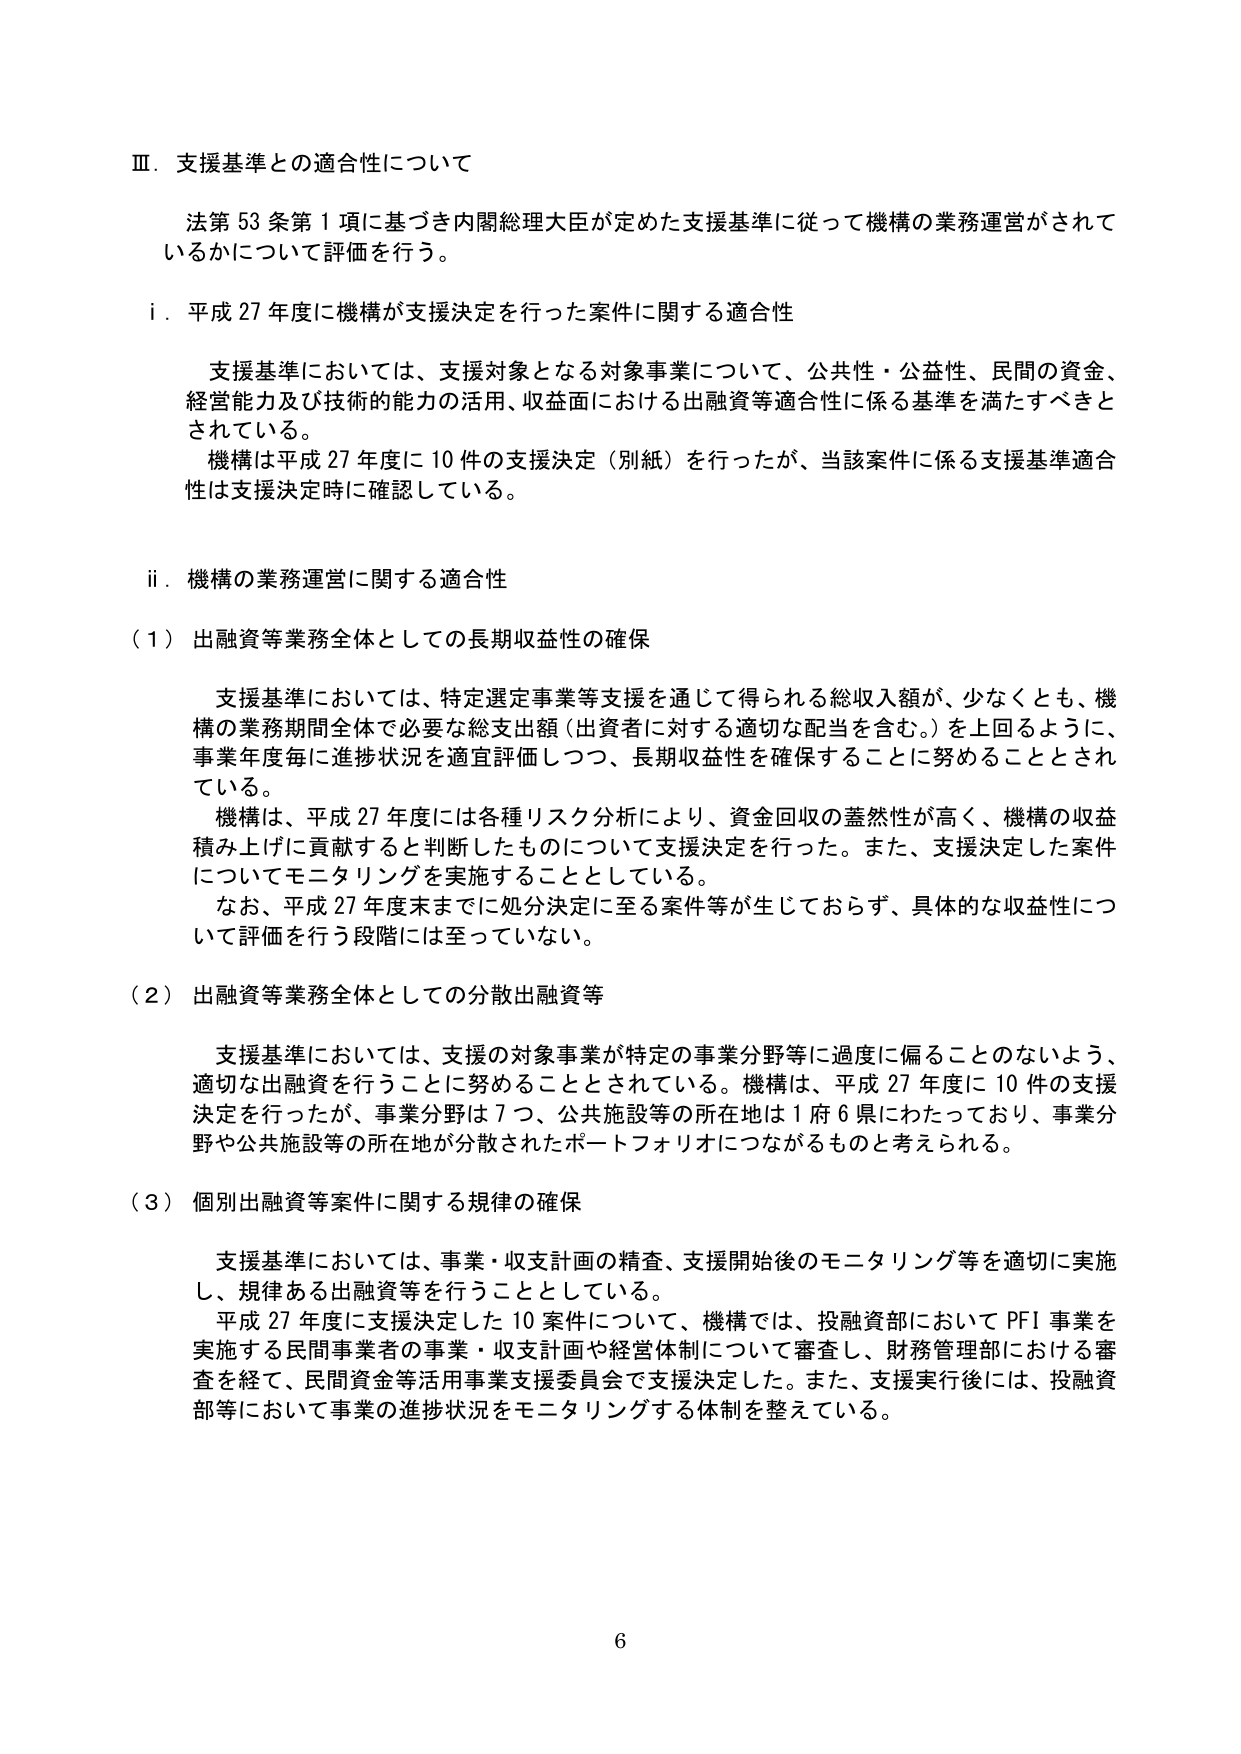
Ⅲ．支援基準との適合性について

法第53条第1項に基づき内閣総理大臣が定めた支援基準に従って機構の業務運営がされているかについて評価を行う。

i．平成27年度に機構が支援決定を行った案件に関する適合性

支援基準においては、支援対象となる対象事業について、公共性・公益性、民間の資金、経営能力及び技術の能力の活用、収益面における出融資等適合性に係る基準を満たすべきとされている。
機構は平成27年度に10件の支援決定（別紙）を行ったが、当該案件に係る支援基準適合性は支援決定時に確認している。

ii．機構の業務運営に関する適合性

（1）出融資等業務全体としての長期収益性の確保

支援基準においては、特定選定事業等支援を通じて得られる総収入額が、少なくとも、機構の業務期間全体で必要な総支出額（出資者に対する適切な配当を含む。）を上回るように、事業年度毎に進捗状況を適宜評価しつつ、長期収益性を確保することに努めることとされている。
機構は、平成27年度には各種リスク分析により、資金回収の蓋然性が高く、機構の収益積み上げに貢献すると判断したものについて支援決定を行った。また、支援決定した案件についてモニタリングを実施することとしている。
なお、平成27年度末までに処分決定に至る案件等が生じておらず、具体的な収益性について評価を行う段階には至っていない。

（2）出融資等業務全体としての分散出融資等

支援基準においては、支援の対象事業が特定の事業分野等に過度に偏ることのないよう、適切な出融資を行うことに努めることとされている。機構は、平成27年度に10件の支援決定を行ったが、事業分野は7つ、公共施設等の所在地は1府6県にわたっており、事業分野や公共施設等の所在地が分散されたポートフォリオにつながるものと考えられる。

（3）個別出融資等案件に関する規律の確保

支援基準においては、事業・収支計画の精査、支援開始後のモニタリング等を適切に実施し、規律ある出融資等を行うこととしている。
平成27年度に支援決定した10案件について、機構では、投融資部においてPFI事業を実施する民間事業者の事業・収支計画や経営体制について審査し、財務管理部における審査を経て、民間資金等活用事業支援委員会で支援決定した。また、支援実行後には、投融資部等において事業の進捗状況をモニタリングする体制を整えている。

6